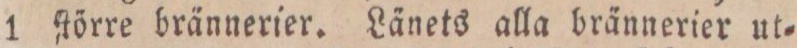
1 ſtörre brännerier. Länets alla brännerier ut=